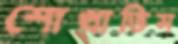
শোখাতিস